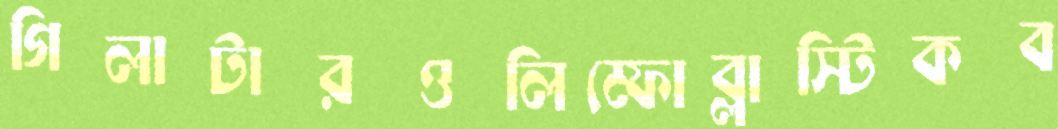
গিলাটারওলিম্ফোব্লাস্টিকব